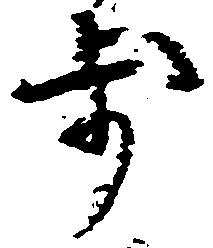
歩